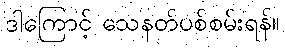
ဒါကြောင့် သေနတ်ပစ်စမ်းရန်။